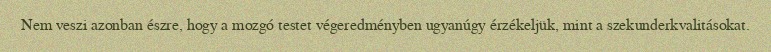
Nem veszi azonban észre, hogy a mozgó testet végeredményben ugyanúgy érzékeljük, mint a szekunderkvalitásokat.